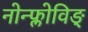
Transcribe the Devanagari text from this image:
नोन्फ्लोविङ्